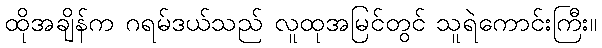
ထိုအချိန်က ဂရမ်ဒယ်သည် လူထုအမြင်တွင် သူရဲကောင်းကြီး။